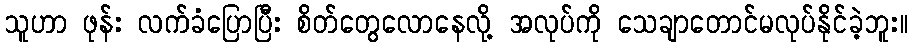
သူဟာ ဖုန်း လက်ခံပြောပြီး စိတ်တွေလောနေလို့ အလုပ်ကို သေချာတောင်မလုပ်နိုင်ခဲ့ဘူး။